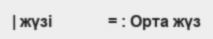
| жүзі              = : Орта жүз